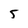
Character: 5